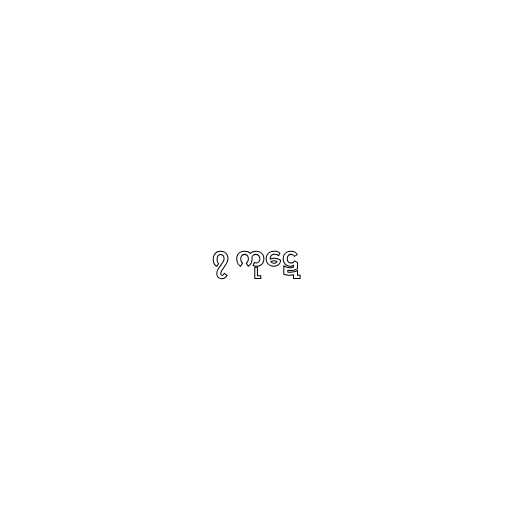
၇ ကုဋေ